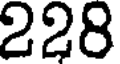
228